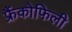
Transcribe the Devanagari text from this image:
फ्रैंकोफिली